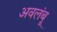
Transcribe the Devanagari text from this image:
अवलंबू